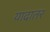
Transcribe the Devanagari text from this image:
यादातर